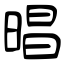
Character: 晿